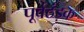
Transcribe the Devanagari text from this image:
पूर्वठंड़क